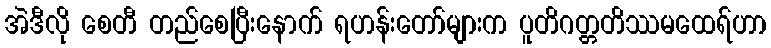
အဲဒီလို စေတီ တည်စေပြီးနောက် ရဟန်းတော်များက ပူတိဂတ္တတိဿမထေရ်ဟာ